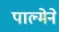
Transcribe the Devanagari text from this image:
पाल्मेने